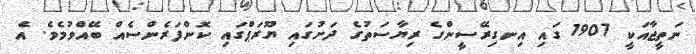
ނަތީޖާއަކީ 1907 ގައި އިނގިރޭސީންގެ ރިޔާސަތުގެ ދަށުގައި ޔޫރަޕްގައި ކޮންފަރެންސެއް ބޭއްވުމެވެ. އެ